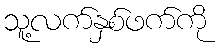
သူ့လက်နှစ်ဖက်ကို